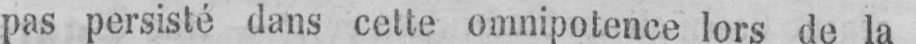
pas persisté dans cette omnipotence lors de la